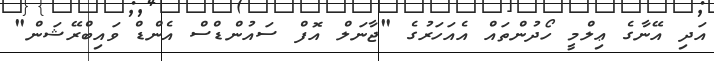
އަދި އޭނާގެ ޢިލްމީ ހޯދުންތައް އެއަހަރުގެ "ޖާނަލް އޮފް ސައުންޑްސް އެންޑް ވައިބްރޭޝަން"